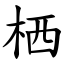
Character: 栖